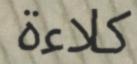
كلاءة